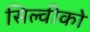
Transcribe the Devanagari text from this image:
सिल्वीको